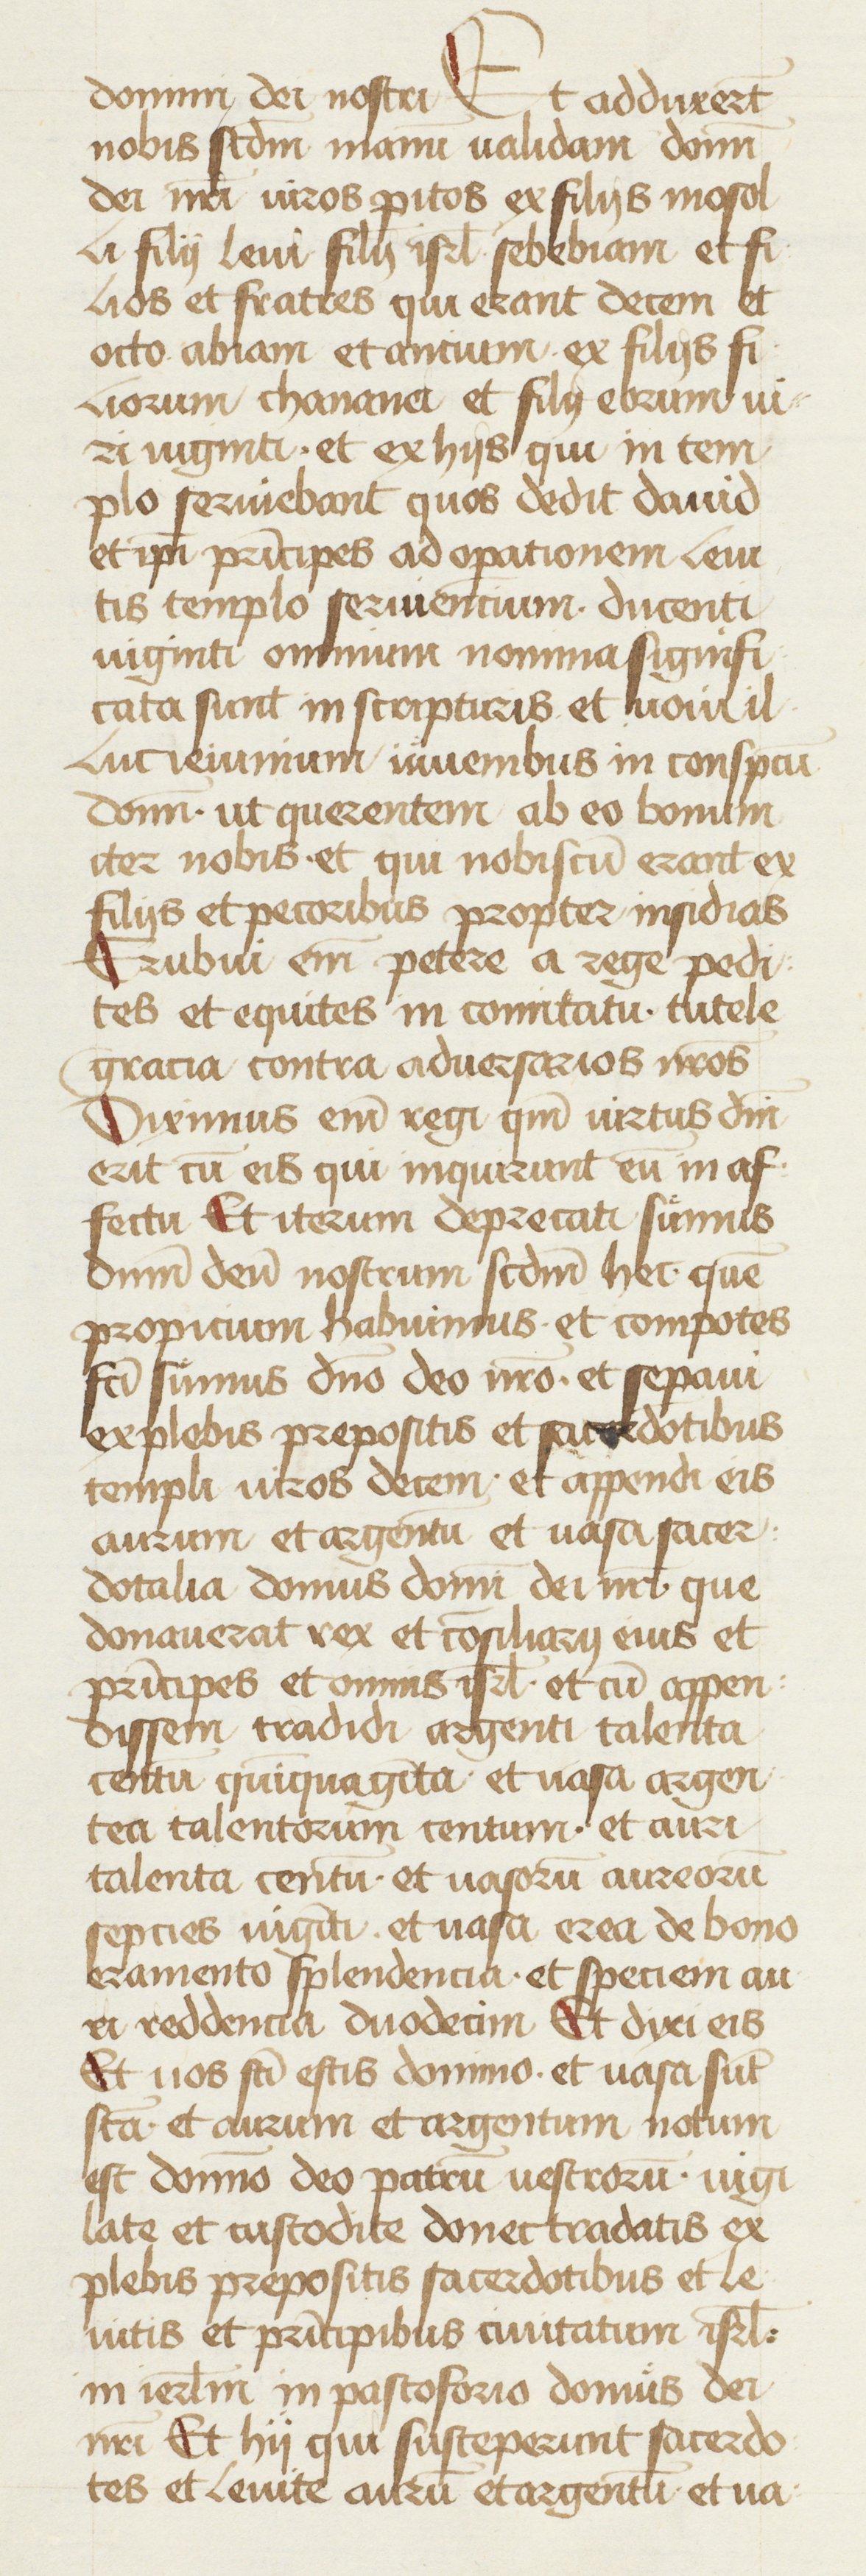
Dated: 1434–1466